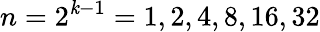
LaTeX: n=2^{\mathit{k}-1}=1,2,4,8,16,32